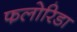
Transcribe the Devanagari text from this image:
फलोरिडा